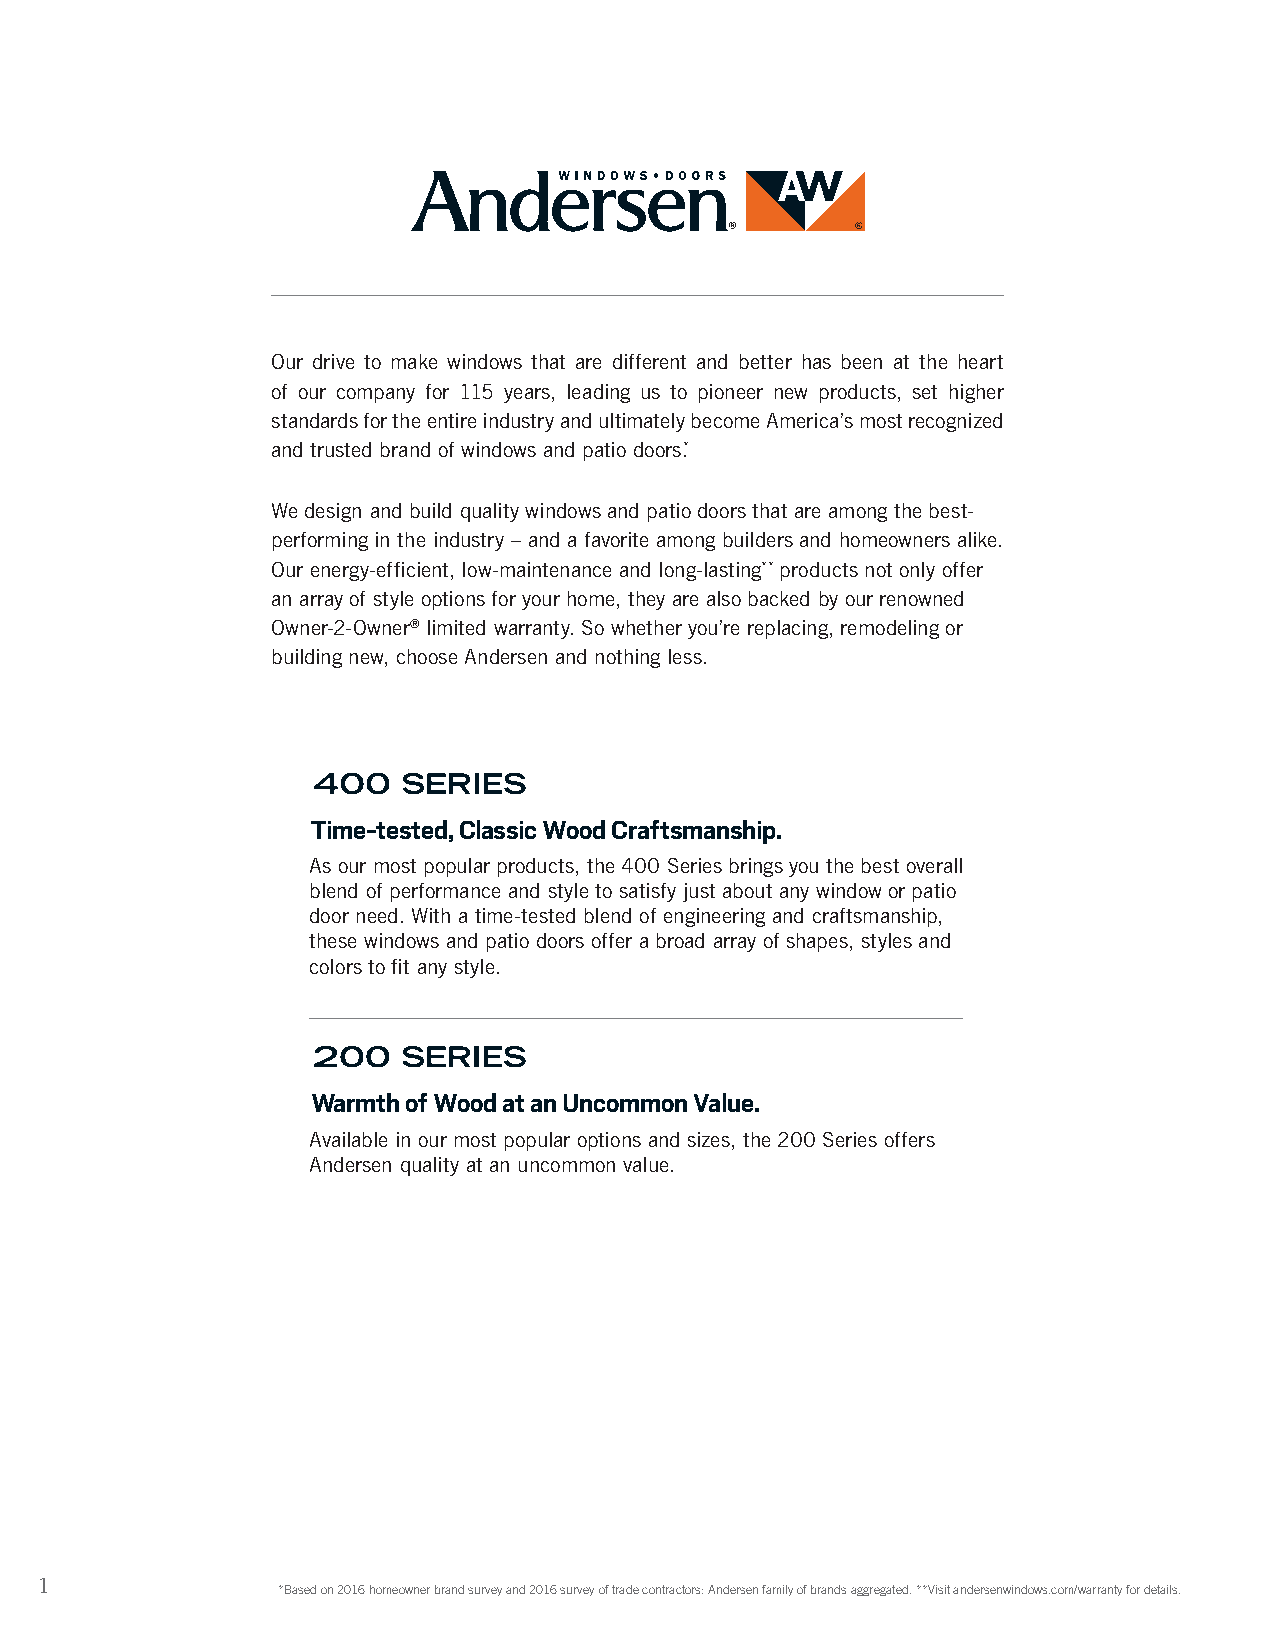
Our drive to make windows that are different and better has been at the heart
 of our company for 115 years, leading us to pioneer new products, set higher
 standards for the entire industry and ultimately become America’s most recognized
 and trusted brand of windows and patio doors.*
 We design and build quality windows and patio doors that are among the best-
 performing in the industry – and a favorite among builders and homeowners alike.
 Our energy-efficient, low-maintenance and long-lasting** products not only offer
 an array of style options for your home, they are also backed by our renowned
 Owner-2-Owner® limited warranty. So whether you’re replacing, remodeling or
 building new, choose Andersen and nothing less.
 Time-tested, Classic Wood Craftsmanship.
 As our most popular products, the 400 Series brings you the best overall
 blend of performance and style to satisfy just about any window or patio
 door need. With a time-tested blend of engineering and craftsmanship,
 these windows and patio doors offer a broad array of shapes, styles and
 colors to fit any style.
 Warmth of Wood at an Uncommon Value.
 Available in our most popular options and sizes, the 200 Series offers
 Andersen quality at an uncommon value.
 1
 *Based on 2016 homeowner brand survey and 2016 survey of trade contractors: Andersen family of brands aggregated. **Visit andersenwindows.com/warranty for details.